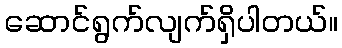
ဆောင်ရွက်လျက်ရှိပါတယ်။